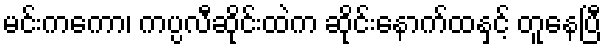
မင်းကကော၊ ကပ္ပလီဆိုင်းထဲက ဆိုင်းနောက်ထနှင့် တူနေပြီ